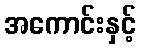
အကောင်းနှင့်